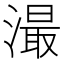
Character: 㵊